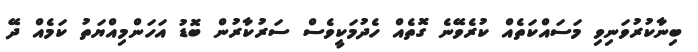
ބިނާކުރުވަނިވި މަސައްކަތެއް ކުރެވޭނެ ގޮތެއް ހެދުމަކީވެސް ސަރުކާރުން ބޮޑު އަހަންމިއްޔަތު ކަމެއް ދޭ